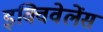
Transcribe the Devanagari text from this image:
इक्विवेलेंस